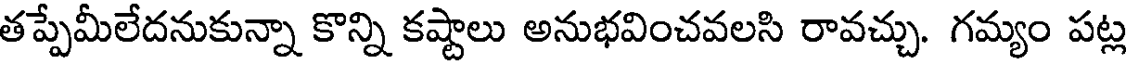
తప్పేమీలేదనుకున్నా కొన్ని కష్టాలు అనుభవించవలసి రావచ్చు. గమ్యం పట్ల